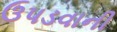
ઉપડવાની